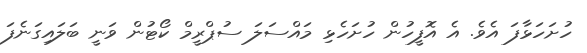
ހުށަހަޅާފަ އެވެ. އެ އޮފީހުން ހުށަހެޅި މައްސަލަ ސުޕްރީމް ކޯޓުން ވަނީ ބަލައިގަނެފަ